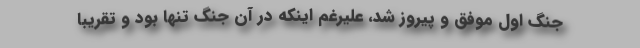
جنگ اول موفق و پیروز شد، علیرغم اینکه در آن جنگ تنها بود و تقریباً